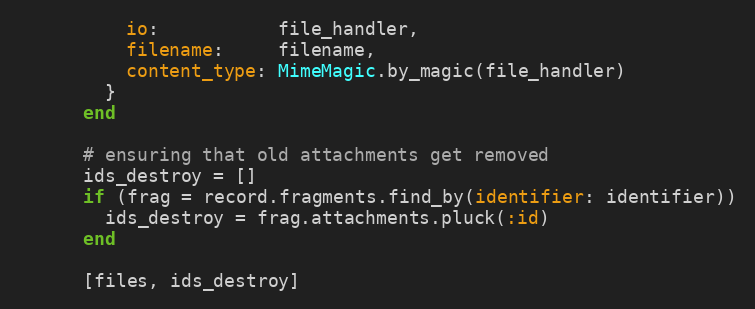
Language: Ruby
          io:           file_handler,
          filename:     filename,
          content_type: MimeMagic.by_magic(file_handler)
        }
      end

      # ensuring that old attachments get removed
      ids_destroy = []
      if (frag = record.fragments.find_by(identifier: identifier))
        ids_destroy = frag.attachments.pluck(:id)
      end

      [files, ids_destroy]